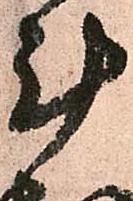
計